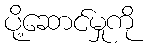
ပို့ဆောင်မှုကို